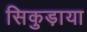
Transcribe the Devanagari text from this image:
सिकुड़ाया